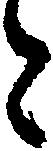
と